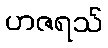
ဟဇရသ်